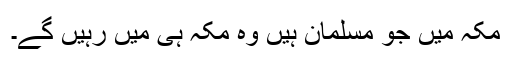
مکہ میں جو مسلمان ہیں وہ مکہ ہی میں رہیں گے۔